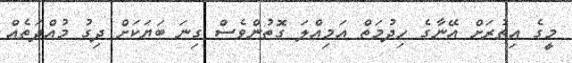
މީގެ އިތުރަށް އޭނާގެ ހިދުމަތް އަމިއްލަ ގޮތުންވެސް ގިނަ ބަޔަކަށް ދިގު މުއްދަތެއް